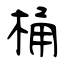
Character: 桶